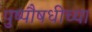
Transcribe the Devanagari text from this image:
पुष्पौषधीच्या